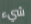
شيء